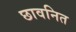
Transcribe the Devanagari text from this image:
छावनित